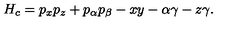
H _ { c } = p _ { x } p _ { z } + p _ { \alpha } p _ { \beta } - x y - \alpha \gamma - z \gamma .